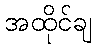
အထိုင်ချ